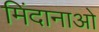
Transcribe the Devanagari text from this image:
मिंदानाओ